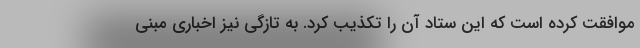
موافقت کرده است که این ستاد آن را تکذیب کرد. به تازگی نیز اخباری مبنی